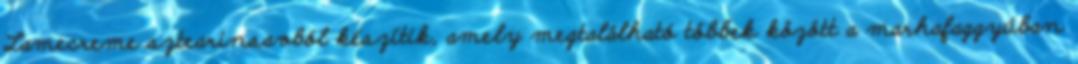
Lamecreme sztearinsavból készítik, amely megtalálható többek között a marhafaggyúban